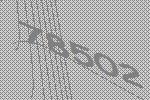
78502